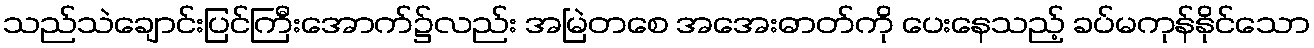
သည်သဲချောင်းပြင်ကြီးအောက်၌လည်း အမြဲတစေ အအေးဓာတ်ကို ပေးနေသည့် ခပ်မကုန်နိုင်သော